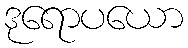
ဒုရောပယော